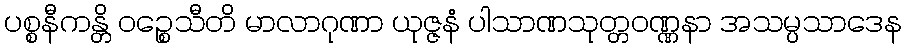
ပစ္စနီကန္တိ ဝဉ္စေသီတိ မာလာဂုဏာ ယုဇ္ဇနံ ပါသာဏသုတ္တဝဏ္ဏနာ အသမ္ပသာဒေန